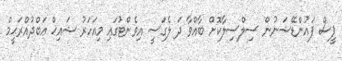
ޕީސް ފައުންޑޭޝަނުން ސިލްސިލާކޮށް ބާއްވާ ދަ ލެގަސީ އިވެންޓުގައި މިއަހަރު ޝައިޚް ޢަބްދުއްރަޙީމް